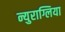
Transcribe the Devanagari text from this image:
न्युराग्लिया